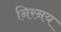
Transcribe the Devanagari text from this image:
निरनय